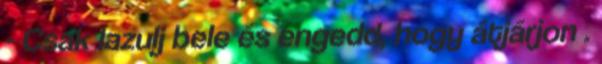
- Csak lazulj bele és engedd, hogy átjárjon .